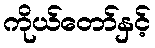
ကိုယ်တော်နှင့်